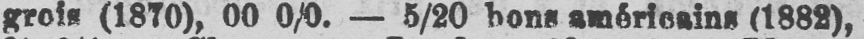
grois (1870), 00 0/0. - 5/20 bons américains (1882),